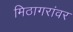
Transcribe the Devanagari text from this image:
मिठागरांवर